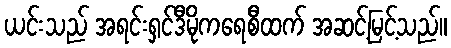
ယင်းသည် အရင်းရှင်ဒီမိုကရေစီထက် အဆင့်မြင့်သည်။